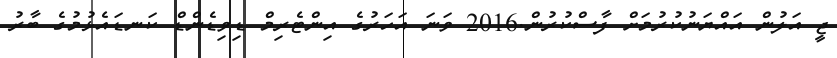
ޖީ އަލުން އައްޔަނުކުރުމަށް ފާސްކުރުން.2016 ވަނަ އަހަރުގެ އިންޓެރިމް ޑިވިޑެންޑް ކަނޑައެޅުމުގެ ބާރު